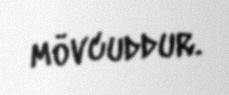
mövcuddur.